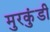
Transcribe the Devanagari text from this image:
मुरकुंडी